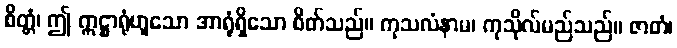
စိတ္တံ၊ ဤ ဣဋ္ဌာရုံဟူသော အာရုံရှိသော စိတ်သည်။ ကုသလံနာမ၊ ကုသိုလ်မည်သည်။ ဇာတံ၊